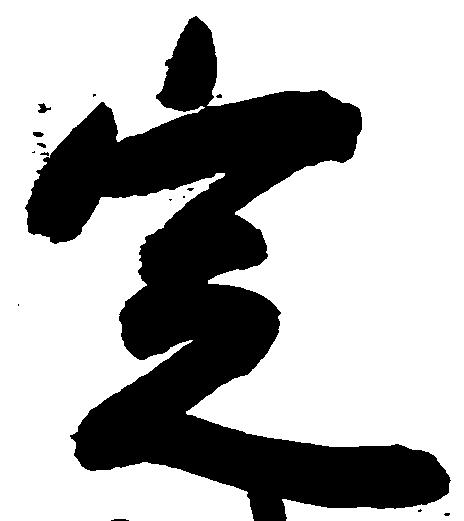
定